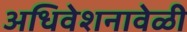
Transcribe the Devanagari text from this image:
अधिवेशनावेळी